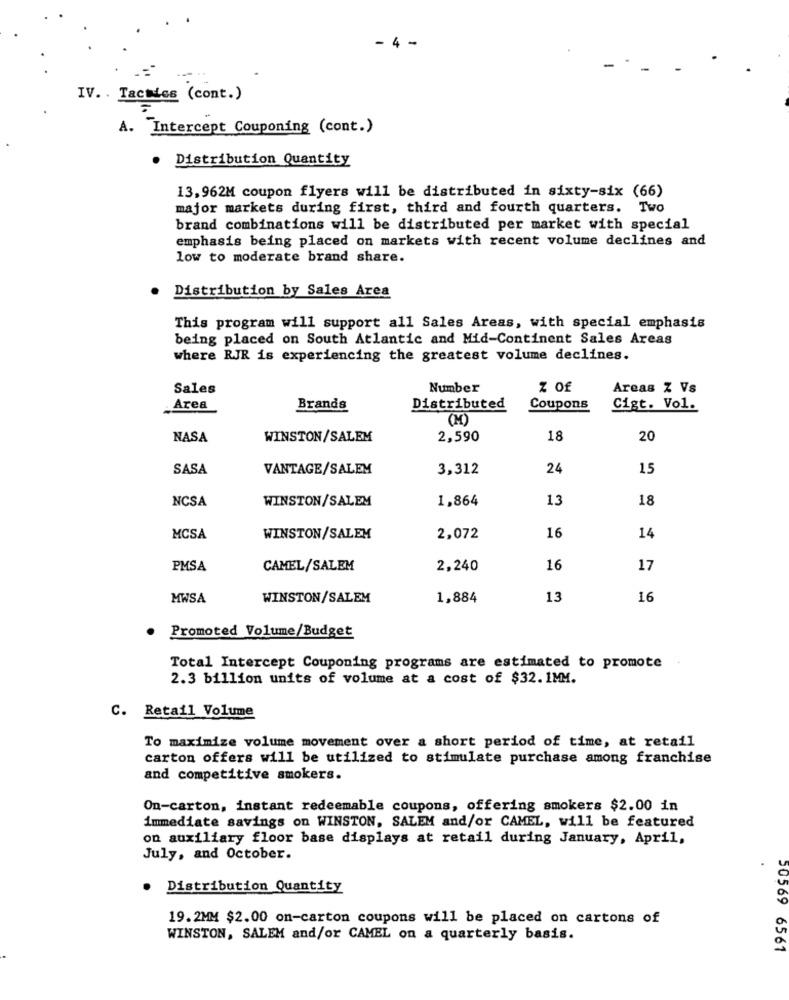
- 4 -
-..
IV. . Tactics (cont.)
A. "Intercept Couponing (cont.)
. Distribution Quantity
13,962M coupon flyers will be distributed in sixty-six (66)
major markets during first, third and fourth quarters. Two
brand combinations will be distributed per market with special
emphasis being placed on markets with recent volume declines and
low to moderate brand share.
Distribution by Sales Area
This program will support all Sales Areas, with special emphasis
being placed on South Atlantic and Mid-Continent Sales Areas
where RJR is experiencing the greatest volume declines.
Sales
Number
Z Of
Areas Z Vs
Area
Brands
Distributed
Coupons
Cigt. Vol.
(M)
NASA
WINSTON/SALEM
2,590
18
20
SASA
VANTAGE/SALEM
3,312
24
15
NCSA
WINSTON/SALEM
1,864
13
18
16
MCSA
WINSTON/SALEM
2,072
14
PMSA
CAMEL/SALEM
2,240
16
17
MWSA
WINSTON/SALEM
1,884
13
16
Promoted Volume/Budget
Total Intercept Couponing programs are estimated to promote
2.3 billion units of volume at a cost of $32. 1MM.
C. Retail Volume
To maximize volume movement over a short period of time, at retail
carton offers will be utilized to stimulate purchase among franchise
and competitive smokers.
On-carton, instant redeemable coupons, offering smokers $2.00 in
immediate savings on WINSTON, SALEM and/or CAMEL, will be featured
on auxiliary floor base displays at retail during January, April,
July, and October.
Distribution Quantity
19.2MM $2.00 on-carton coupons will be placed on cartons of
WINSTON, SALEM and/or CAMEL on a quarterly basis.
30569 6561